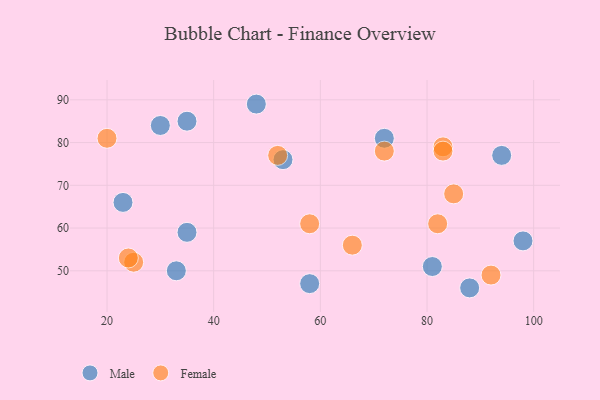
{"axis": {"x": "GDP", "y": "Life Expectancy"}, "legend": ["Female", "Male"], "data": [{"x": "98", "y": 57, "type": "Male"}, {"x": "94", "y": 77, "type": "Male"}, {"x": "72", "y": 81, "type": "Male"}, {"x": "58", "y": 47, "type": "Male"}, {"x": "35", "y": 85, "type": "Male"}, {"x": "53", "y": 76, "type": "Male"}, {"x": "48", "y": 89, "type": "Male"}, {"x": "35", "y": 59, "type": "Male"}, {"x": "30", "y": 84, "type": "Male"}, {"x": "81", "y": 51, "type": "Male"}, {"x": "33", "y": 50, "type": "Male"}, {"x": "23", "y": 66, "type": "Male"}, {"x": "88", "y": 46, "type": "Male"}, {"x": "66", "y": 56, "type": "Female"}, {"x": "58", "y": 61, "type": "Female"}, {"x": "25", "y": 52, "type": "Female"}, {"x": "24", "y": 53, "type": "Female"}, {"x": "85", "y": 68, "type": "Female"}, {"x": "83", "y": 79, "type": "Female"}, {"x": "52", "y": 77, "type": "Female"}, {"x": "72", "y": 78, "type": "Female"}, {"x": "20", "y": 81, "type": "Female"}, {"x": "83", "y": 78, "type": "Female"}, {"x": "82", "y": 61, "type": "Female"}, {"x": "92", "y": 49, "type": "Female"}]}